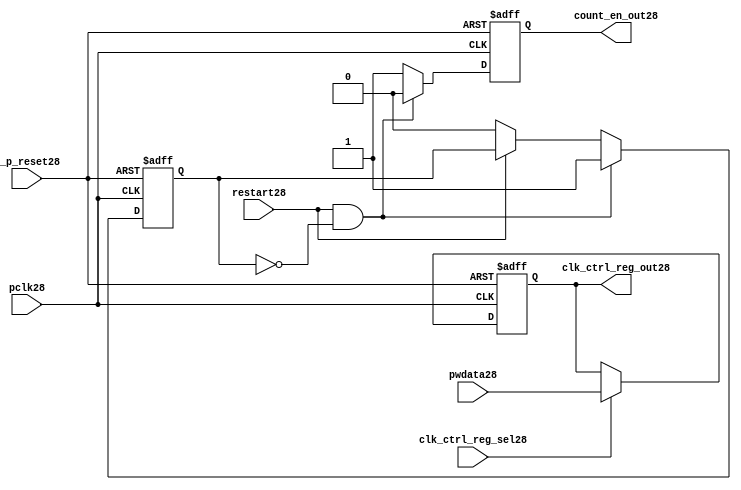
//File28 name   : ttc_count_rst_lite28.v
//Title28       : 
//Created28     : 1999
//Description28 : TTC28 counter reset block
//Notes28       : 
//----------------------------------------------------------------------
//   Copyright28 1999-2010 Cadence28 Design28 Systems28, Inc28.
//   All Rights28 Reserved28 Worldwide28
//
//   Licensed28 under the Apache28 License28, Version28 2.0 (the
//   "License28"); you may not use this file except28 in
//   compliance28 with the License28.  You may obtain28 a copy of
//   the License28 at
//
//       http28://www28.apache28.org28/licenses28/LICENSE28-2.0
//
//   Unless28 required28 by applicable28 law28 or agreed28 to in
//   writing, software28 distributed28 under the License28 is
//   distributed28 on an "AS28 IS28" BASIS28, WITHOUT28 WARRANTIES28 OR28
//   CONDITIONS28 OF28 ANY28 KIND28, either28 express28 or implied28.  See
//   the License28 for the specific28 language28 governing28
//   permissions28 and limitations28 under the License28.
//----------------------------------------------------------------------

module ttc_count_rst_lite28(

  //inputs28
  n_p_reset28,                             
  pclk28, 
  pwdata28,                                                           
  clk_ctrl_reg_sel28,
  restart28,        

  //outputs28
  count_en_out28,
  clk_ctrl_reg_out28

  );


//-----------------------------------------------------------------------------
// PORT DECLARATIONS28
//-----------------------------------------------------------------------------

   // inputs28
   input n_p_reset28;                 // Reset28 signal28
   input pclk28;                    // APB28 System28 clock28
   input [6:0] pwdata28;           // 7-Bit28 pwdata28 from APB28 interface
   input clk_ctrl_reg_sel28;        // Select28 for the clk_ctrl_reg28
   input restart28;                 // Restart28 reset from cntr_ctrl_reg28

   // outputs28
   output count_en_out28;
   output [6:0] clk_ctrl_reg_out28; // Controls28 clock28 selected


//-----------------------------------------------------------------------------
// Internal Signals28 & Registers28
//-----------------------------------------------------------------------------


   
   reg [6:0]    clk_ctrl_reg28;     //7-bit clock28 control28 register.
   
   reg          restart_var28;      //ensures28 prescaler28 reset at start of restart28 
   
   reg          count_en28;         //enable signal28 to counter

   
   wire [6:0]   clk_ctrl_reg_out28; //clock28 control28 output wire
   wire         count_en_out28;     //counter enable output
   
   
//-----------------------------------------------------------------------------
// Logic28 Section28:


//
//    p_clk_ctrl28: Process28 to implement the clk_ctrl_reg28.  
//                When28 select28 line is set then28 the data will be inserted28 to 
//                the clock28 control28 register, otherwise28 it will be equal28 to 
//                the previous value of the register, else it will be zero.
//-----------------------------------------------------------------------------

   assign clk_ctrl_reg_out28  = clk_ctrl_reg28;
   assign count_en_out28      = count_en28;


//    p_ps_counter28: counter for clock28 enable generation28.
   
   always @(posedge pclk28 or negedge n_p_reset28)
   begin: p_ps_counter28
      
      if (!n_p_reset28)
      begin
         restart_var28  <= 1'b0;
         count_en28     <= 1'b0;
      end
      else
      begin
         if (restart28 & ~restart_var28)
         begin
            restart_var28  <= 1'b1;
            count_en28     <= 1'b0;
         end 
         
         else 
           begin
              
              if (~restart28)
                 restart_var28 <= 1'b0;
              else
                 restart_var28 <= restart_var28;
                 
              count_en28     <= 1'b1;        
              
           end
      end // else: !if(!n_p_reset28)      
  
   end  //p_ps_counter28



// p_clk_ctrl28 : Process28 for writing to the clk_ctrl_reg28
   
   always @ (posedge pclk28 or negedge n_p_reset28)
   begin: p_clk_ctrl28
      
      if (!n_p_reset28)
         clk_ctrl_reg28 <= 7'h00;
      else
      begin 

         if (clk_ctrl_reg_sel28)
            clk_ctrl_reg28 <= pwdata28;
         else
            clk_ctrl_reg28 <= clk_ctrl_reg28;

      end 
      
   end  //p_clk_ctrl28

   
endmodule